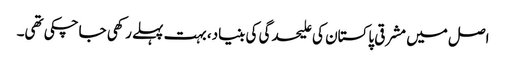
اصل میں مشرقی پاکستان کی علیحدگی کی بنیاد، بہت پہلے رکھی جاچکی تھی۔